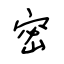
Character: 密